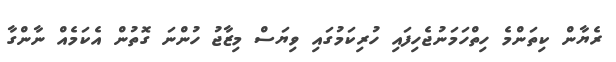
ރެޔާން ކިތަންމެ ހިތްހަމަނުޖެހިފައި ހުރިކަމުގައި ވިޔަސް މިޒާޖު ހުންނަ ގޮތުން އެކަމެއް ނާންގާ